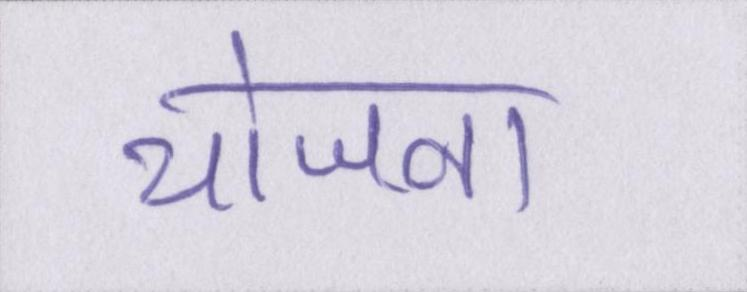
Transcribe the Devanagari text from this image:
योजना